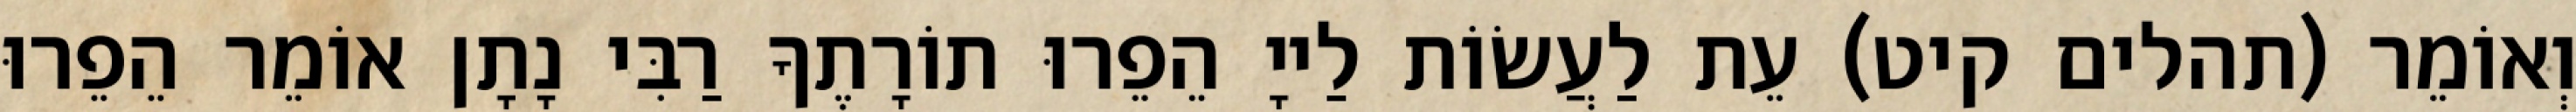
וְאוֹמֵר (תהלים קיט) עֵת לַעֲשׂוֹת לַייָ הֵפֵרוּ תוֹרָתֶךָ רַבִּי נָתָן אוֹמֵר הֵפֵרוּ